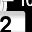
Digit: 2